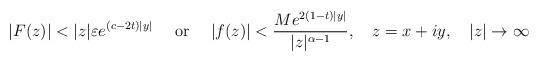
LaTeX: \begin{align*}\vert F(z)\vert <\vert z\vert \varepsilon e^{(c-2t)\vert y\vert } \quad \textrm{ or }\quad \vert f(z)\vert <\frac{Me^{2(1-t)\vert y\vert }}{\vert z\vert ^{\alpha -1}},\quad z=x+iy,\quad \vert z\vert \to \infty \end{align*}